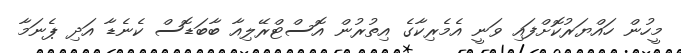
މީހުން ހައްޔަރުކޮށްފައި ވަނީ އެމެރިކާގެ އިތުރުން އޮސްޓްރޭލިއާ ބާބަޑޮސް ކެނެޑާ އަދި ޕެނަމާ